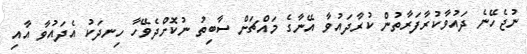
ނުޖެހޭނެ ދައުވާކުރާފަރާތުން ކުރާދައުވާ އޭނާގެ މައްޗަށް ސާބިތު ނުކޮށްދެވޭހާ ހިނދަކު އެދައުވާ އާއި